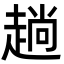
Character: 趟